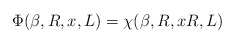
\begin{align*}\Phi ( \beta , R , x , L ) = \chi ( \beta , R , xR, L )\end{align*}